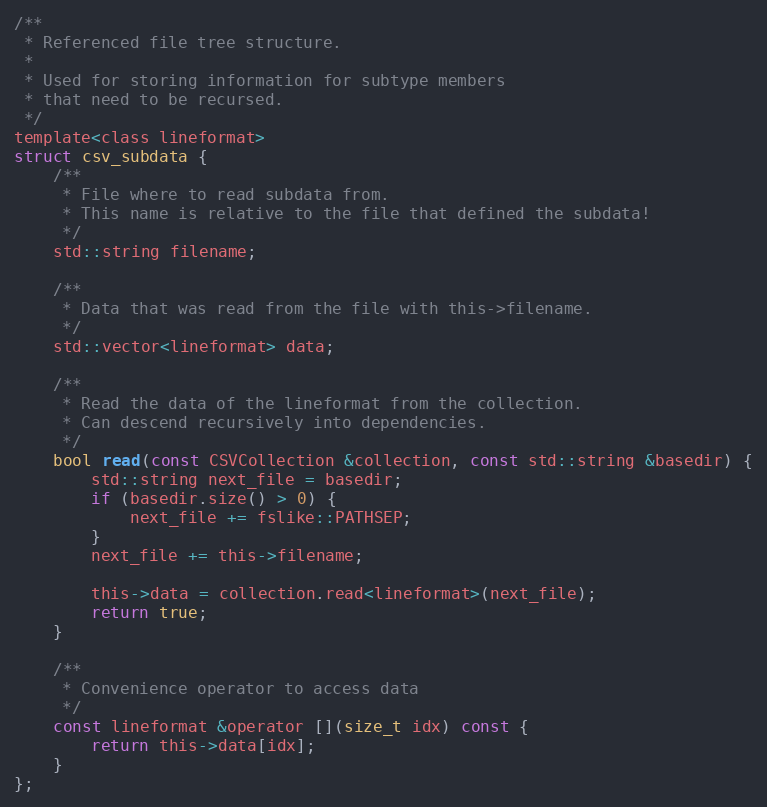
Language: C
/**
 * Referenced file tree structure.
 *
 * Used for storing information for subtype members
 * that need to be recursed.
 */
template<class lineformat>
struct csv_subdata {
	/**
	 * File where to read subdata from.
	 * This name is relative to the file that defined the subdata!
	 */
	std::string filename;

	/**
	 * Data that was read from the file with this->filename.
	 */
	std::vector<lineformat> data;

	/**
	 * Read the data of the lineformat from the collection.
	 * Can descend recursively into dependencies.
	 */
	bool read(const CSVCollection &collection, const std::string &basedir) {
		std::string next_file = basedir;
		if (basedir.size() > 0) {
			next_file += fslike::PATHSEP;
		}
		next_file += this->filename;

		this->data = collection.read<lineformat>(next_file);
		return true;
	}

	/**
	 * Convenience operator to access data
	 */
	const lineformat &operator [](size_t idx) const {
		return this->data[idx];
	}
};